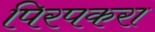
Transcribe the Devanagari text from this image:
पिरपकरा